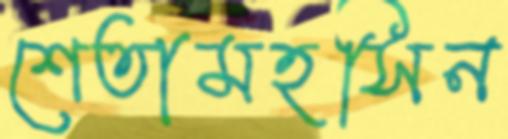
শেতামহসিন